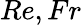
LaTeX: Re,Fr